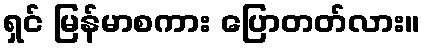
ရှင် မြန်မာစကား ပြောတတ်လား။